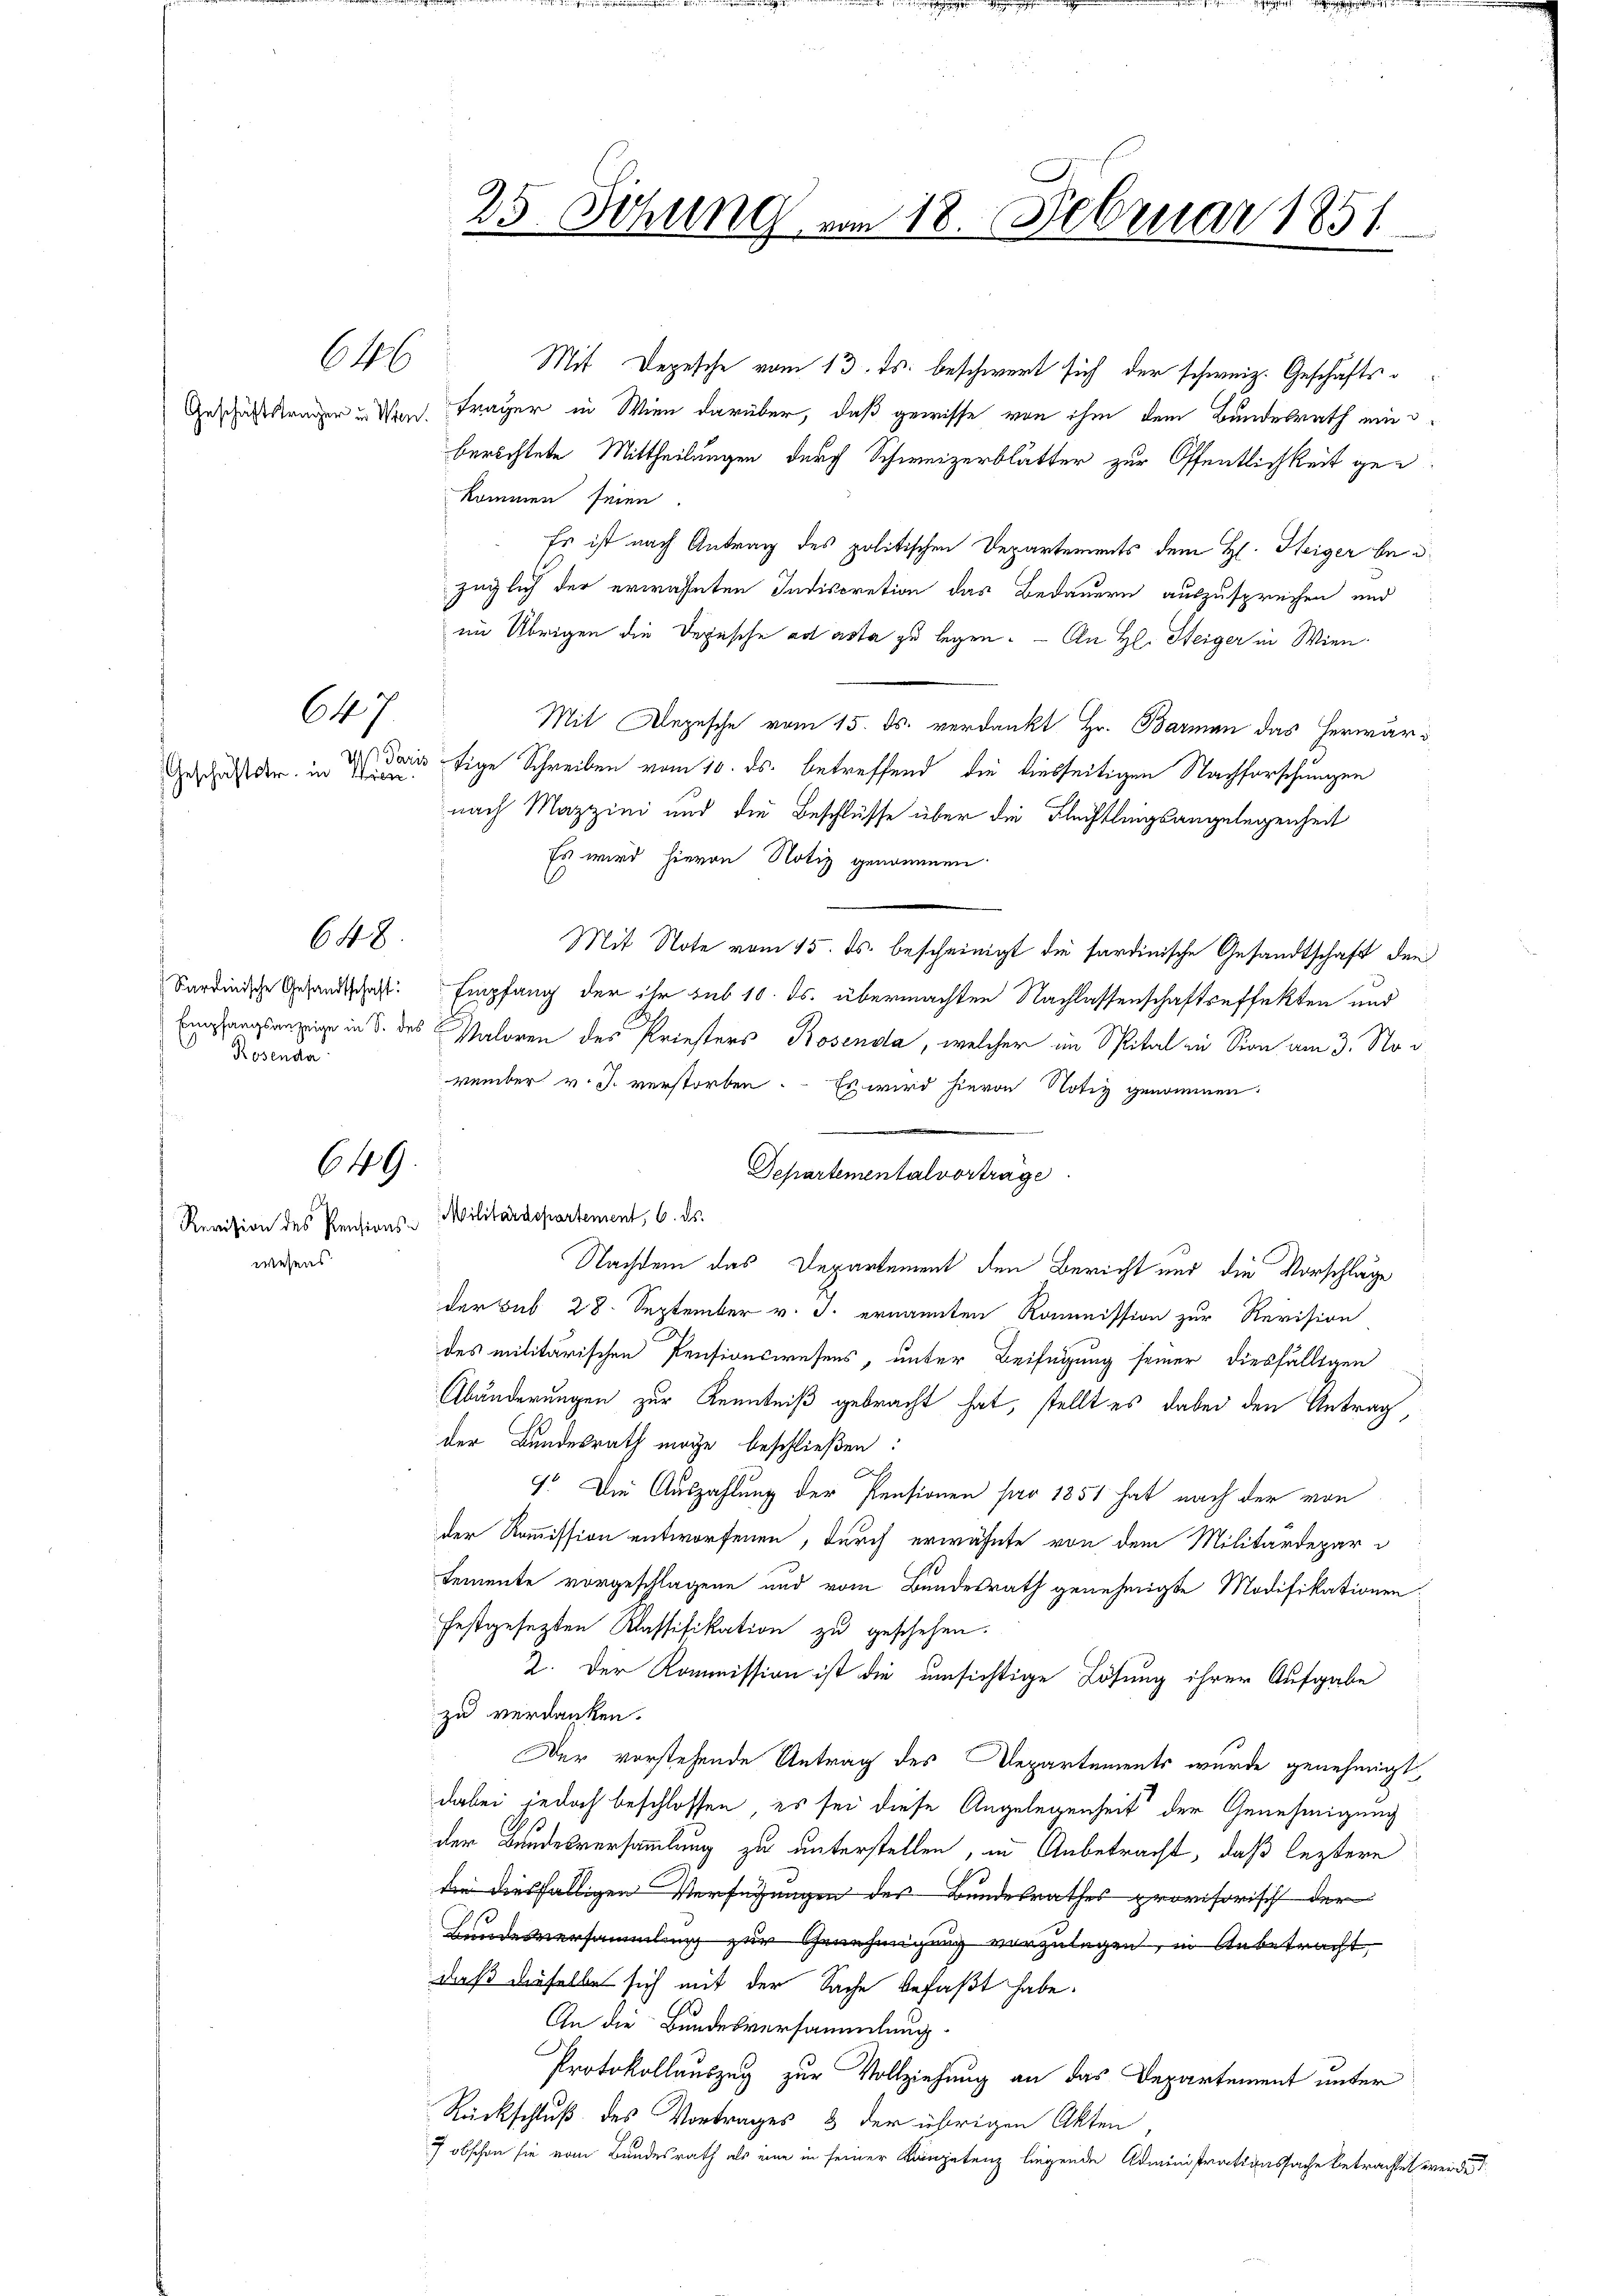
646

Geschäftstr. in Wien

647.

648.

Sardinische Gesandtschaft:
Rosenda

649.

Revision des Pensionswesens

25. Sitzung vom 18. Februar 1851

Mit Depesche vom 13. ds. beschwert sich der schweiz. Geschäfts¬
Geschäftsträger u. Nach Frager in Wien darüber, daß gewisse von ihm dem Bundesrath ein
berichtete Mittheilungen durch Schweizerblätter zur Öffentlichkeit gekommen seien.
Es ist nach Antrag des politischen Departements dem H. Heiger bed
züglich der erwähnten Indiscretion das Bedauern auszusprechen und
im Übrigen die Depesche ad asta zu legen. — An Hl. Steiger in Wien¬
Mit Depesche vom 15. ds. verdankt Hr. Barman das herwär¬
Das darin fige Schreiben vom 10. ds. betreffend die diesseitigen Nachforschungen
nach Mazzini und die Beschlüsse über die Flechtlingsangelegenheit
Es wird hievon Notiz genommen
Mit Note vom 15. ds. bescheinigt die sardinische Gesandtschaft den
Empfang der ihr sub 10. ds. übermachten Nachlassenschaftseffekten und
Empfangsanzige in S. des Valoren des Priesters Rosenda, welcher im Spital zu Sion am 3. Nov.
vember v. J. verstorben. Es wird hievon Notiz genommen.
.
Departementalvorträge
Militärdepartement, 6. ds.
Nachdem das Departement den Bericht und die Vorschläge
der sub 28. September v. J. ernannten Kommission zur Revision
des militärischen Pensionswesens, unter Beifügung seiner diesfälligen
Abänderungen zur Kenntniß gebracht hat, stellt es dabei den Antrag,
der Bundesrath möge beschließen:
s
7. Die Auszahlung der Pensionen pro 1851 hat nach der von
der Kommission entworfenen, durch erwähnte von dem Militärdepar
temente vorgeschlagene und vom Bundesrath genehmigte Modifikationen
festgesezten Klassifikation zu geschehen.
2. Der Kommission ist die umsichtige Lösung ihrer Aufgabe
zu verdanken.
Der vorstehende Antrag des Departements wurde genehmigt
dabei jedoch beschlossen, es sei diese Angelegenheit der Genehmigung
der Bundesversammlung zu unterstellen, in Anbetracht, daß leztere
dee diesfälligen Verfügungen des Bundesrathes provisorisch der
Bundesversammlung zur Genehmigung vorzulegen, in Anbetracht,
daß dieselbe sich mit der Sache befaßt habe.
An die Bundesversammlung.
Protokollauszug zur Vollziehung an das Departement unter
Rückschluß des Vortrages & der übrigen Akten,
7 obschon sie vom Bundesrath als eine in seiner Kompetenz liegende Administrationssache betrachtet werde